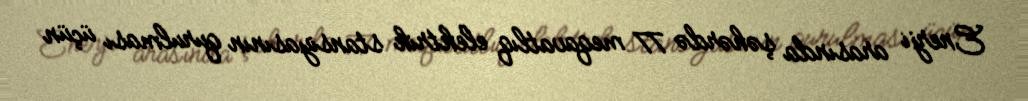
Enerji arasında şəhərdə 77 meqavatlıq elektrik stansiyasının qurulması üçün